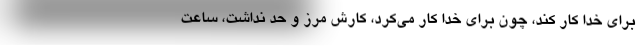
برای خدا کار کند، چون برای خدا کار می‌کرد، کارش مرز و حد نداشت، ساعت